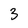
Character: 3